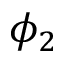
\phi _ { 2 }